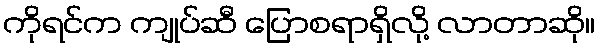
ကိုရင်က ကျုပ်ဆီ ပြောစရာရှိလို့ လာတာဆို။